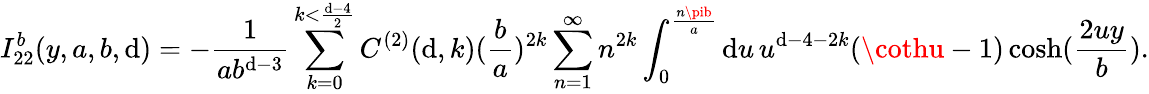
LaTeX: I_{22}^{b}(y,a,b,\mathrm{d})=-\frac{{1}}{{ab^{\mathrm{d}-3}}}\sum_{k=0}^{k<\frac{{\mathrm{d}-4}}{{2}}}C^{(2)}(\mathrm{d},k)(\frac{{b}}{{a}})^{2k}\sum_{n=1}^{\infty}n^{2k}\int_{0}^{\frac{{n\pib}}{{a}}}\mathrm{d}u\, u^{\mathrm{d}-4-2k}(\cothu-1)\cosh(\frac{{2uy}}{{b}}).